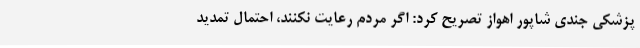
پزشکی جندی شاپور اهواز تصریح کرد: اگر مردم رعایت نکنند، احتمال تمدید